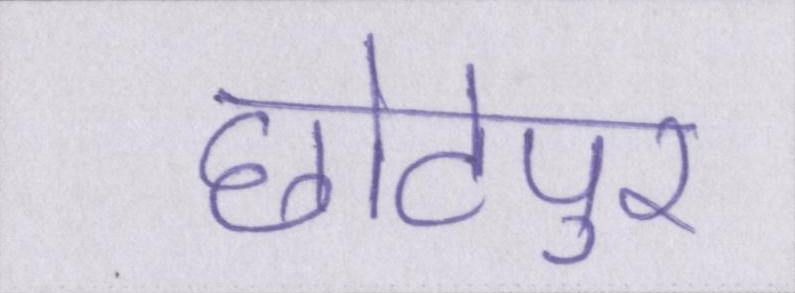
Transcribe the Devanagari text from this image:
छोटेपुर